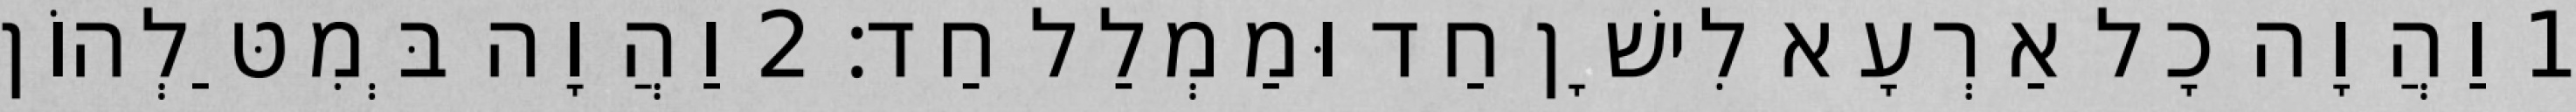
1 וַהֲוָה כָל אַרְעָא לִישָׁן חַד וּמַמְלַל חַד׃ 2 וַהֲוָה בְּמִטַּלְהוֹן